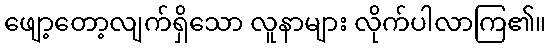
ဖျော့တော့လျက်ရှိသော လူနာများ လိုက်ပါလာကြ၏။